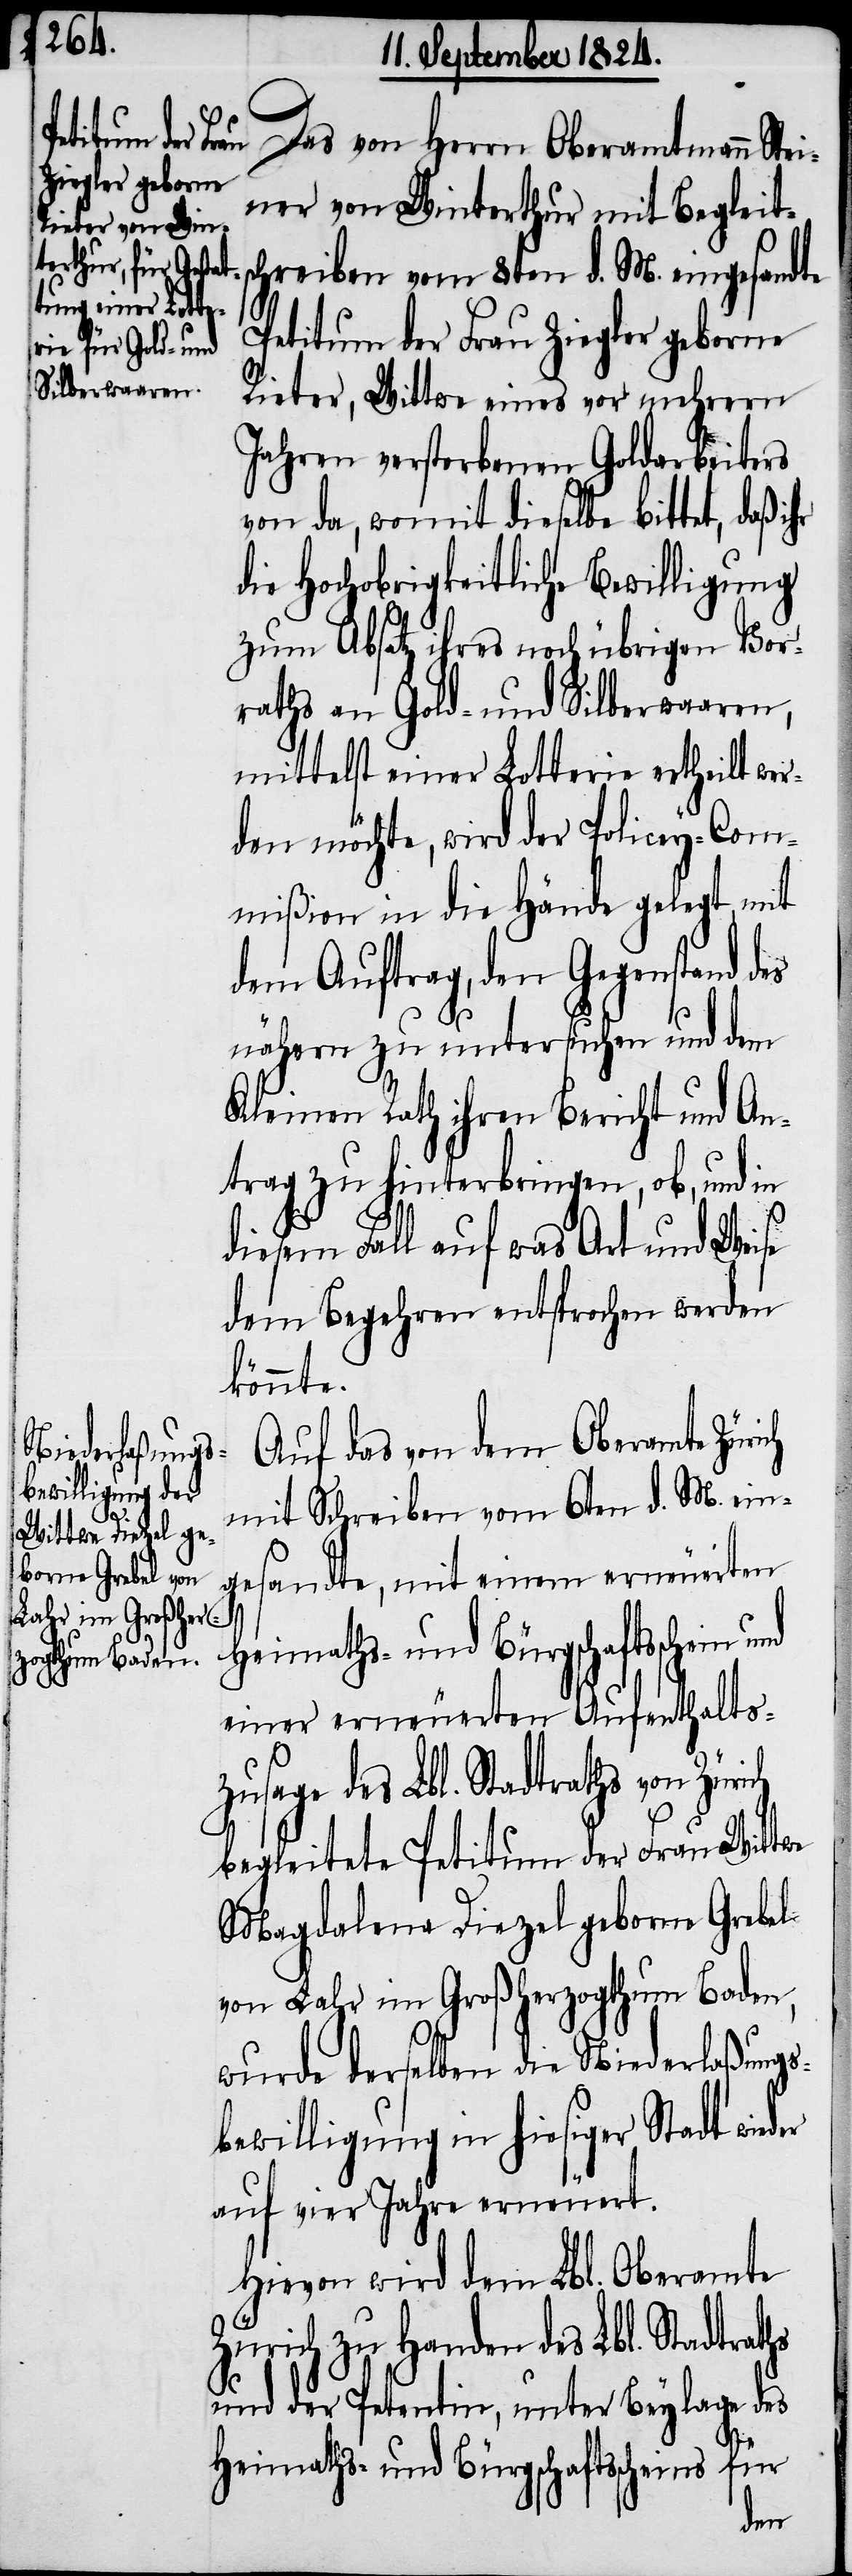
hs

Das von Herrn Oberamtmann Stei¬
ner von Winterthur mit Begleits¬
chreiben vom 8ten d. M. eingesandte
ch
Petitum der Frau Ziegler geborne
Rieter, Wittwe eines vor mehrern
Jahren verstorbenen Goldarbeiters
von da, womit dieselbe bittet, daß i¬
die Hochobrigkeitliche Bewilligung
zum Absatz ihres noch übrigen Vor¬
raths an Gold- und Silberwaaren,
mittelst einer Lotterie ertheilt wer¬
den möchte, wird der Policey-Com¬
mißion in die Hände gelegt, mit
dem Auftrag, den Gegenstand des
nähern zu untersuchen und dem
Kleinen Rath ihren Bericht und An¬
trag zu hinterbringen, ob, und in
diesem Fall auf was Art und Weise
dem Begehren entsprochen werden
könnte.
Auf das von dem Oberamte Zürich
mit Schreiben vom 6ten d. M. ein¬
gesandte, mit einem erneuerten
Heimaths- und Bürgschaftsschein und
einer erneuerten Aufenthalts¬
zusage des Lbl. Stadtraths von Züri¬
begleitete Petitum der Frau Wittwe
Magdalena Diezel geborne Grebel
von Lahr im Großherzogthum Baden,
wurde derselben die Niederlaßungs¬
bewilligung in hiesiger Stadt wie¬
auf vier Jahre erneuert.
Hievon wird dem Lbl. Oberamte
Zürich zu Handen des Lbl. Stadtrat¬
und der Petentin, unter Beylage des
Heimaths- und Bürgschaftsscheins für
der